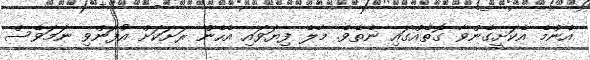
އެންމެ އެކަށީގެންވާ ގޮތެއްގައި ނެތެވެ. މާލެ ފިޔަވައި އެހެން ރަށަކަށް އުފަންވި ނަމަވެސް